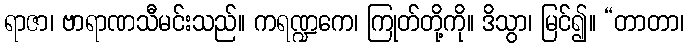
ရာဇာ၊ ဗာရာဏသီမင်းသည်။ ကရဏ္ဍကေ၊ ကြုတ်တို့ကို။ ဒိသွာ၊ မြင်၍။ “တာတာ၊